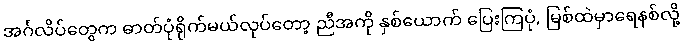
အင်္ဂလိပ်တွေက ဓာတ်ပုံရိုက်မယ်လုပ်တော့ ညီအကို နှစ်ယောက် ပြေးကြပုံ, မြစ်ထဲမှာရေနစ်လို့